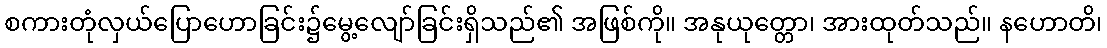
စကားတုံလှယ်ပြောဟောခြင်း၌မွေ့လျော်ခြင်းရှိသည်၏ အဖြစ်ကို။ အနုယုတ္တော၊ အားထုတ်သည်။ နဟောတိ၊